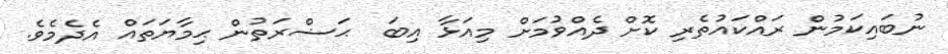
ނުބައިކަމުން ރައްކައުތެރި ކޮށް ދެއްވުމަށް މިއަޅާ އިބަ  ޙަޟްރަތުން ޙިމާޔަތައް އެދެމެވެ.